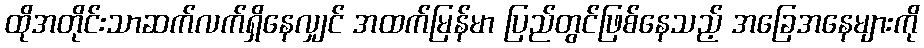
ထိုအတိုင်းသာဆက်လက်ရှိနေလျှင် အထက်မြန်မာ ပြည်တွင်ဖြစ်နေသည့် အခြေအနေများကို